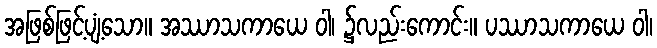
အဖြစ်ဖြင့်ပျံ့သော။ အဿာသကာယေ ဝါ၊ ၌လည်းကောင်း။ ပဿာသကာယေ ဝါ၊